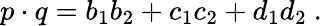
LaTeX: p\cdot q=b_{1}b_{2}+c_{1}c_{2}+d_{1}d_{2}~.